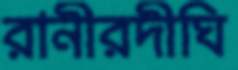
রানীরদীঘি